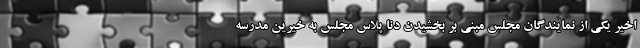
اخیر یکی از نمایندگان مجلس مبنی بر بخشیدن دنا پلاس مجلس به خیرین مدرسه